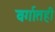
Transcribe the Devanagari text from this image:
वर्गातही